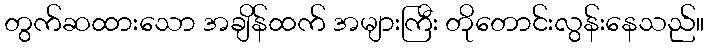
တွက်ဆထားသော အချိန်ထက် အများကြီး တိုတောင်းလွန်းနေသည်။